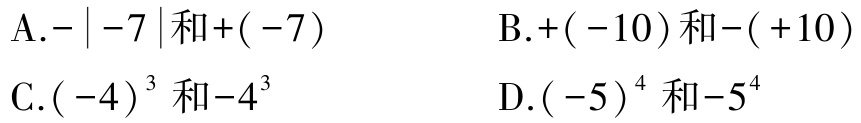
A.$-\left|-7\right|和+\left(-7\right)$

B.$+\left(-10\right)和-\left(+10\right)$

C.${\left(-4\right)}^{3}和-{4}^{3}$

D.${\left(-5\right)}^{4}和-{5}^{4}$